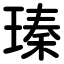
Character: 瑧